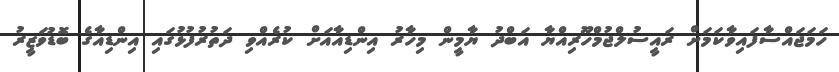
ހަމަޖައްސާފައިވާކަމަށް ރައީސުލްޖުމްހޫރިއްޔާ އަބްދު ޔާމީން މިހާރު އިންޑިއާއަށް ކުރެއްވި ދަތުރުފުޅުގައި އިންޑިއާގެ ބޮޑުވަޒީރު